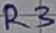
Text: R3